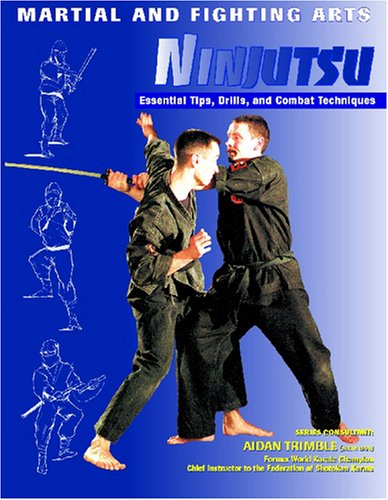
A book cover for Ninjutsu (Martial and Fighting Arts); Eric Chaline; Teen & Young Adult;